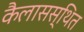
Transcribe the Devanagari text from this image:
कैलासस्थित